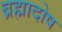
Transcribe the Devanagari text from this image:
ब्रह्मादोष